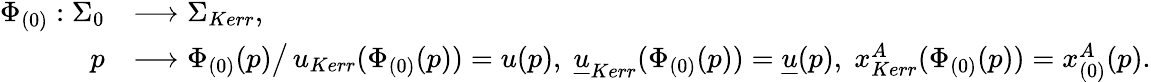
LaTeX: \begin{array}{rl}{\Phi_{(0)}:\Sigma_{0}}&{\longrightarrow\Sigma_{Kerr},}\\ {p}&{\longrightarrow\Phi_{(0)}(p)\big/\, u_{Kerr}(\Phi_{(0)}(p))=u(p),\; {\underline{{u}}}_{Kerr}(\Phi_{(0)}(p))={\underline{{u}}}(p),\; x_{Kerr}^{A}(\Phi_{(0)}(p))=x_{(0)}^{A}(p).}\end{array}